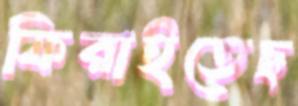
ফিরাইতেছ